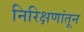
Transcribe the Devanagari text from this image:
निरिक्षणांतून